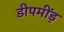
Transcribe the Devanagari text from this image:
डीपमींड़